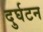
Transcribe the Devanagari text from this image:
दुर्घटन